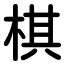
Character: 棋